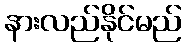
နားလည်နိုင်မည်